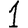
Digit: 1